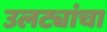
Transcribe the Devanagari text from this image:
उलट्यांचा